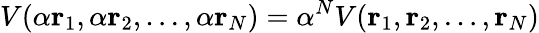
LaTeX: V(\alpha\mathbf{r}_{1},\alpha\mathbf{r}_{2},\ldots,\alpha\mathbf{r}_{N})=\alpha^{N}V(\mathbf{r}_{1},\mathbf{r}_{2},\ldots,\mathbf{r}_{N})